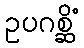
ဥပဂစ္ဆိံ